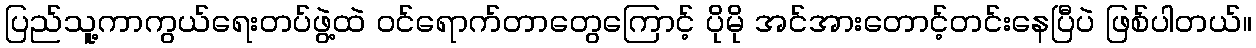
ပြည်သူ့ကာကွယ်ရေးတပ်ဖွဲ့ထဲ ဝင်ရောက်တာတွေကြောင့် ပိုမို အင်အားတောင့်တင်းနေပြီပဲ ဖြစ်ပါတယ်။